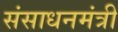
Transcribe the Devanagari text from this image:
संसाधनमंत्री